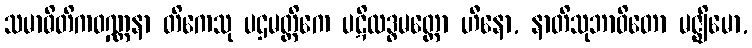
သမာဓိတိကဝဏ္ဏနာ တိကေသု ပဌမတ္တိကေ ပဋိလဒ္ဓမတ္တော ဟီနော, နာတိသုဘာဝိတော မဇ္ဈိမော,